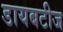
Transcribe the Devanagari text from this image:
डायबटीज